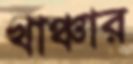
খাঞ্চার